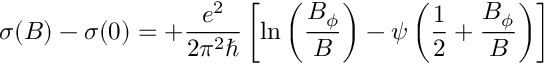
\sigma ( B ) - \sigma ( 0 ) = + { \frac { e ^ { 2 } } { 2 \pi ^ { 2 } \hbar } } \left[ \ln \left( { \frac { B _ { \phi } } { B } } \right) - \psi \left( { \frac { 1 } { 2 } } + { \frac { B _ { \phi } } { B } } \right) \right]